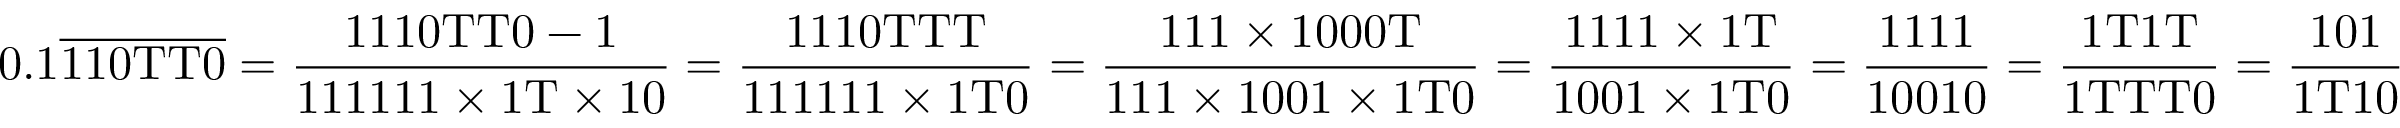
0 . 1 { \overline { { \mathrm { 1 1 0 T T 0 } } } } = { \frac { \mathrm { 1 1 1 0 T T 0 - 1 } } { \mathrm { 1 1 1 1 1 1 \times 1 T \times 1 0 } } } = { \frac { \mathrm { 1 1 1 0 T T T } } { \mathrm { 1 1 1 1 1 1 \times 1 T 0 } } } = { \frac { \mathrm { 1 1 1 \times 1 0 0 0 T } } { \mathrm { 1 1 1 \times 1 0 0 1 \times 1 T 0 } } } = { \frac { \mathrm { 1 1 1 1 \times 1 T } } { \mathrm { 1 0 0 1 \times 1 T 0 } } } = { \frac { 1 1 1 1 } { 1 0 0 1 0 } } = { \frac { \mathrm { 1 T 1 T } } { \mathrm { 1 T T T 0 } } } = { \frac { 1 0 1 } { \mathrm { 1 T 1 0 } } }